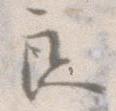
ら